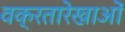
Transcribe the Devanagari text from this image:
वक्रतारेखाओं